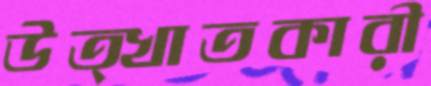
উত্খাতকারী